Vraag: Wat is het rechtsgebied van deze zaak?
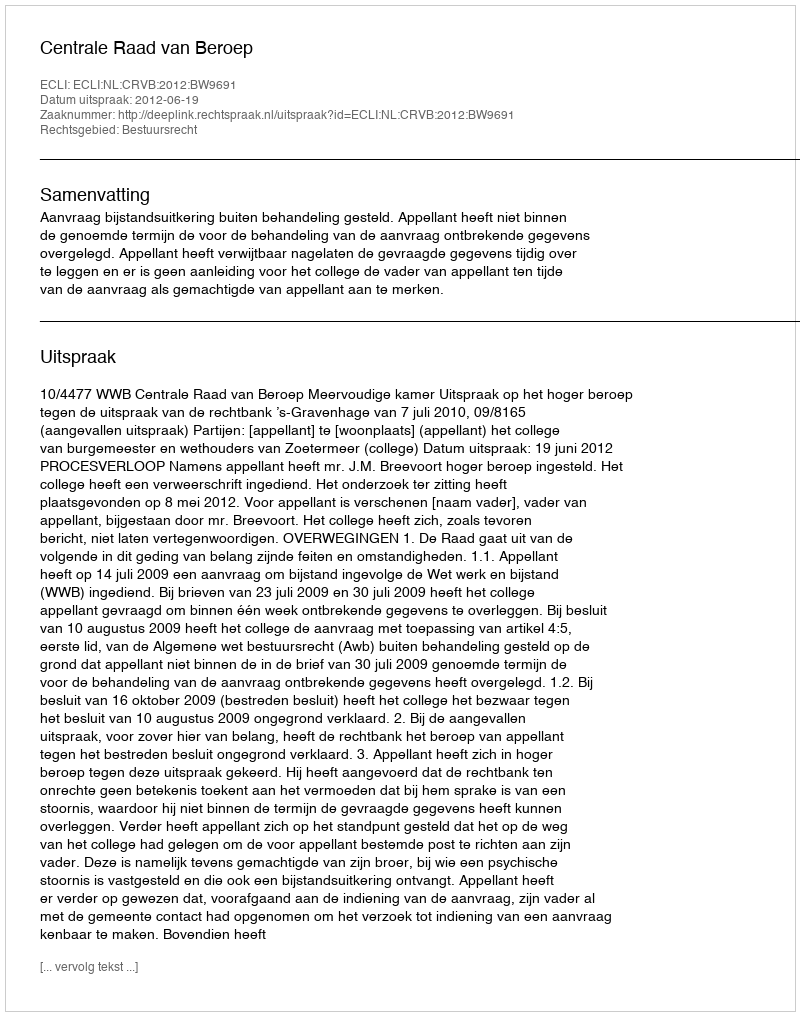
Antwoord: Bestuursrecht